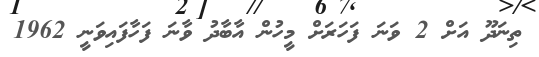
ތިނަދޫ އަށް 2 ވަނަ ފަހަރަށް މީހުން އާބާދު ވާނަ ފަހާފައިވަނީ 1962